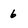
Character: 6